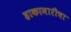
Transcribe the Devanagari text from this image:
हाकामारीचा